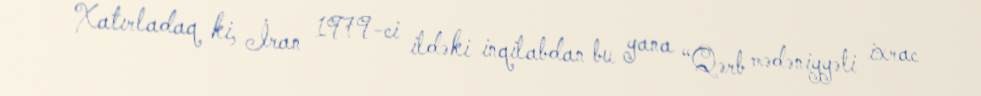
Xatırladaq ki, İran 1979-ci ildəki inqilabdan bu yana “Qərb mədəniyyəti ixrac